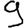
Digit: 9